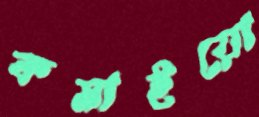
কমাইয়ো